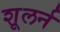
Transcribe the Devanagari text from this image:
शूलर्न